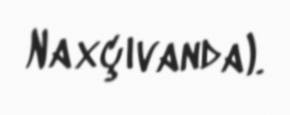
Naxçıvanda).